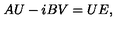
A U - i B V = U E ,